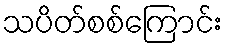
သပိတ်စစ်ကြောင်း